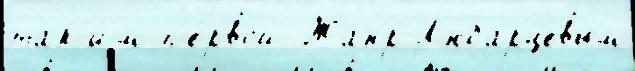
так'и́м п'е́рвой Жанр Л'юбарцевым